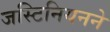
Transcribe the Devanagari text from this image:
जस्टिनियनने